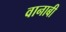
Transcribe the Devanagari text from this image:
वानाबी